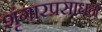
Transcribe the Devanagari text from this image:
शृंगारप्रसाधन